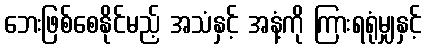
ဘေးဖြစ်စေနိုင်မည့် အသံနှင့် အနံ့ကို ကြားရရုံမျှနှင့်